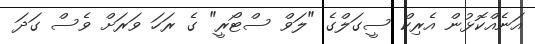
އަނެއްކޮޅުން އެރިކް ސީގަލްގެ "ލަވް ސްޓޯރީ" ގެ ރަހަ ވަރަށް ވެސް ގަދަ